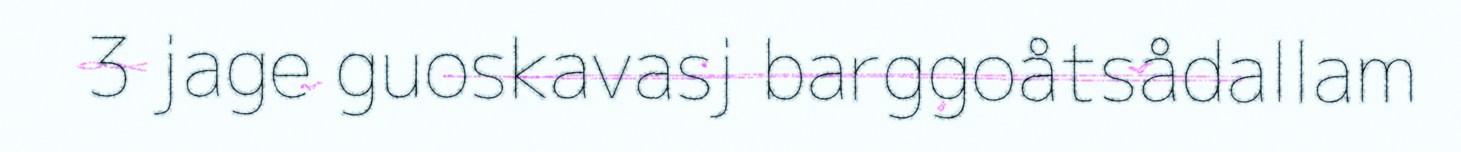
3 jage guoskavasj barggoåtsådallam